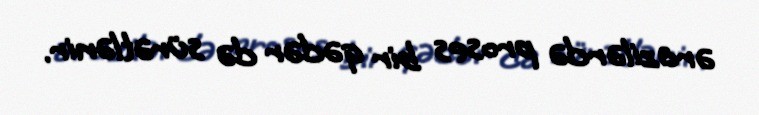
ərazilərdə proses bir qədər də sürətlənir.